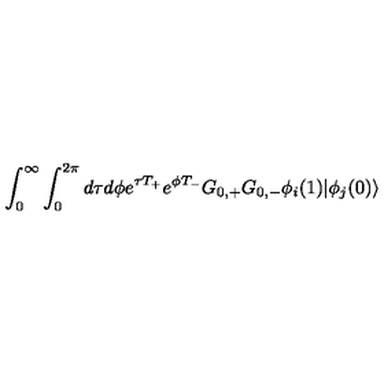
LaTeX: \int _ { 0 } ^ { \infty } \int _ { 0 } ^ { 2 \pi } d \tau d \phi e ^ { \tau T _ { + } } e ^ { \phi T _ { - } } G _ { 0 , + } G _ { 0 , - } \phi _ { i } ( 1 ) | \phi _ { j } ( 0 ) \rangle